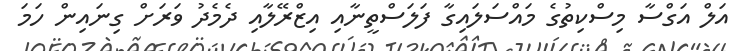
އަލް އަގްސާ މިސްކިތުގެ މައްސަލައިގާ ފަލަސްތީނާއި އިޒްރޭލާއި ދެމެދު ވަރަށް ގިނައިން ހަމަ